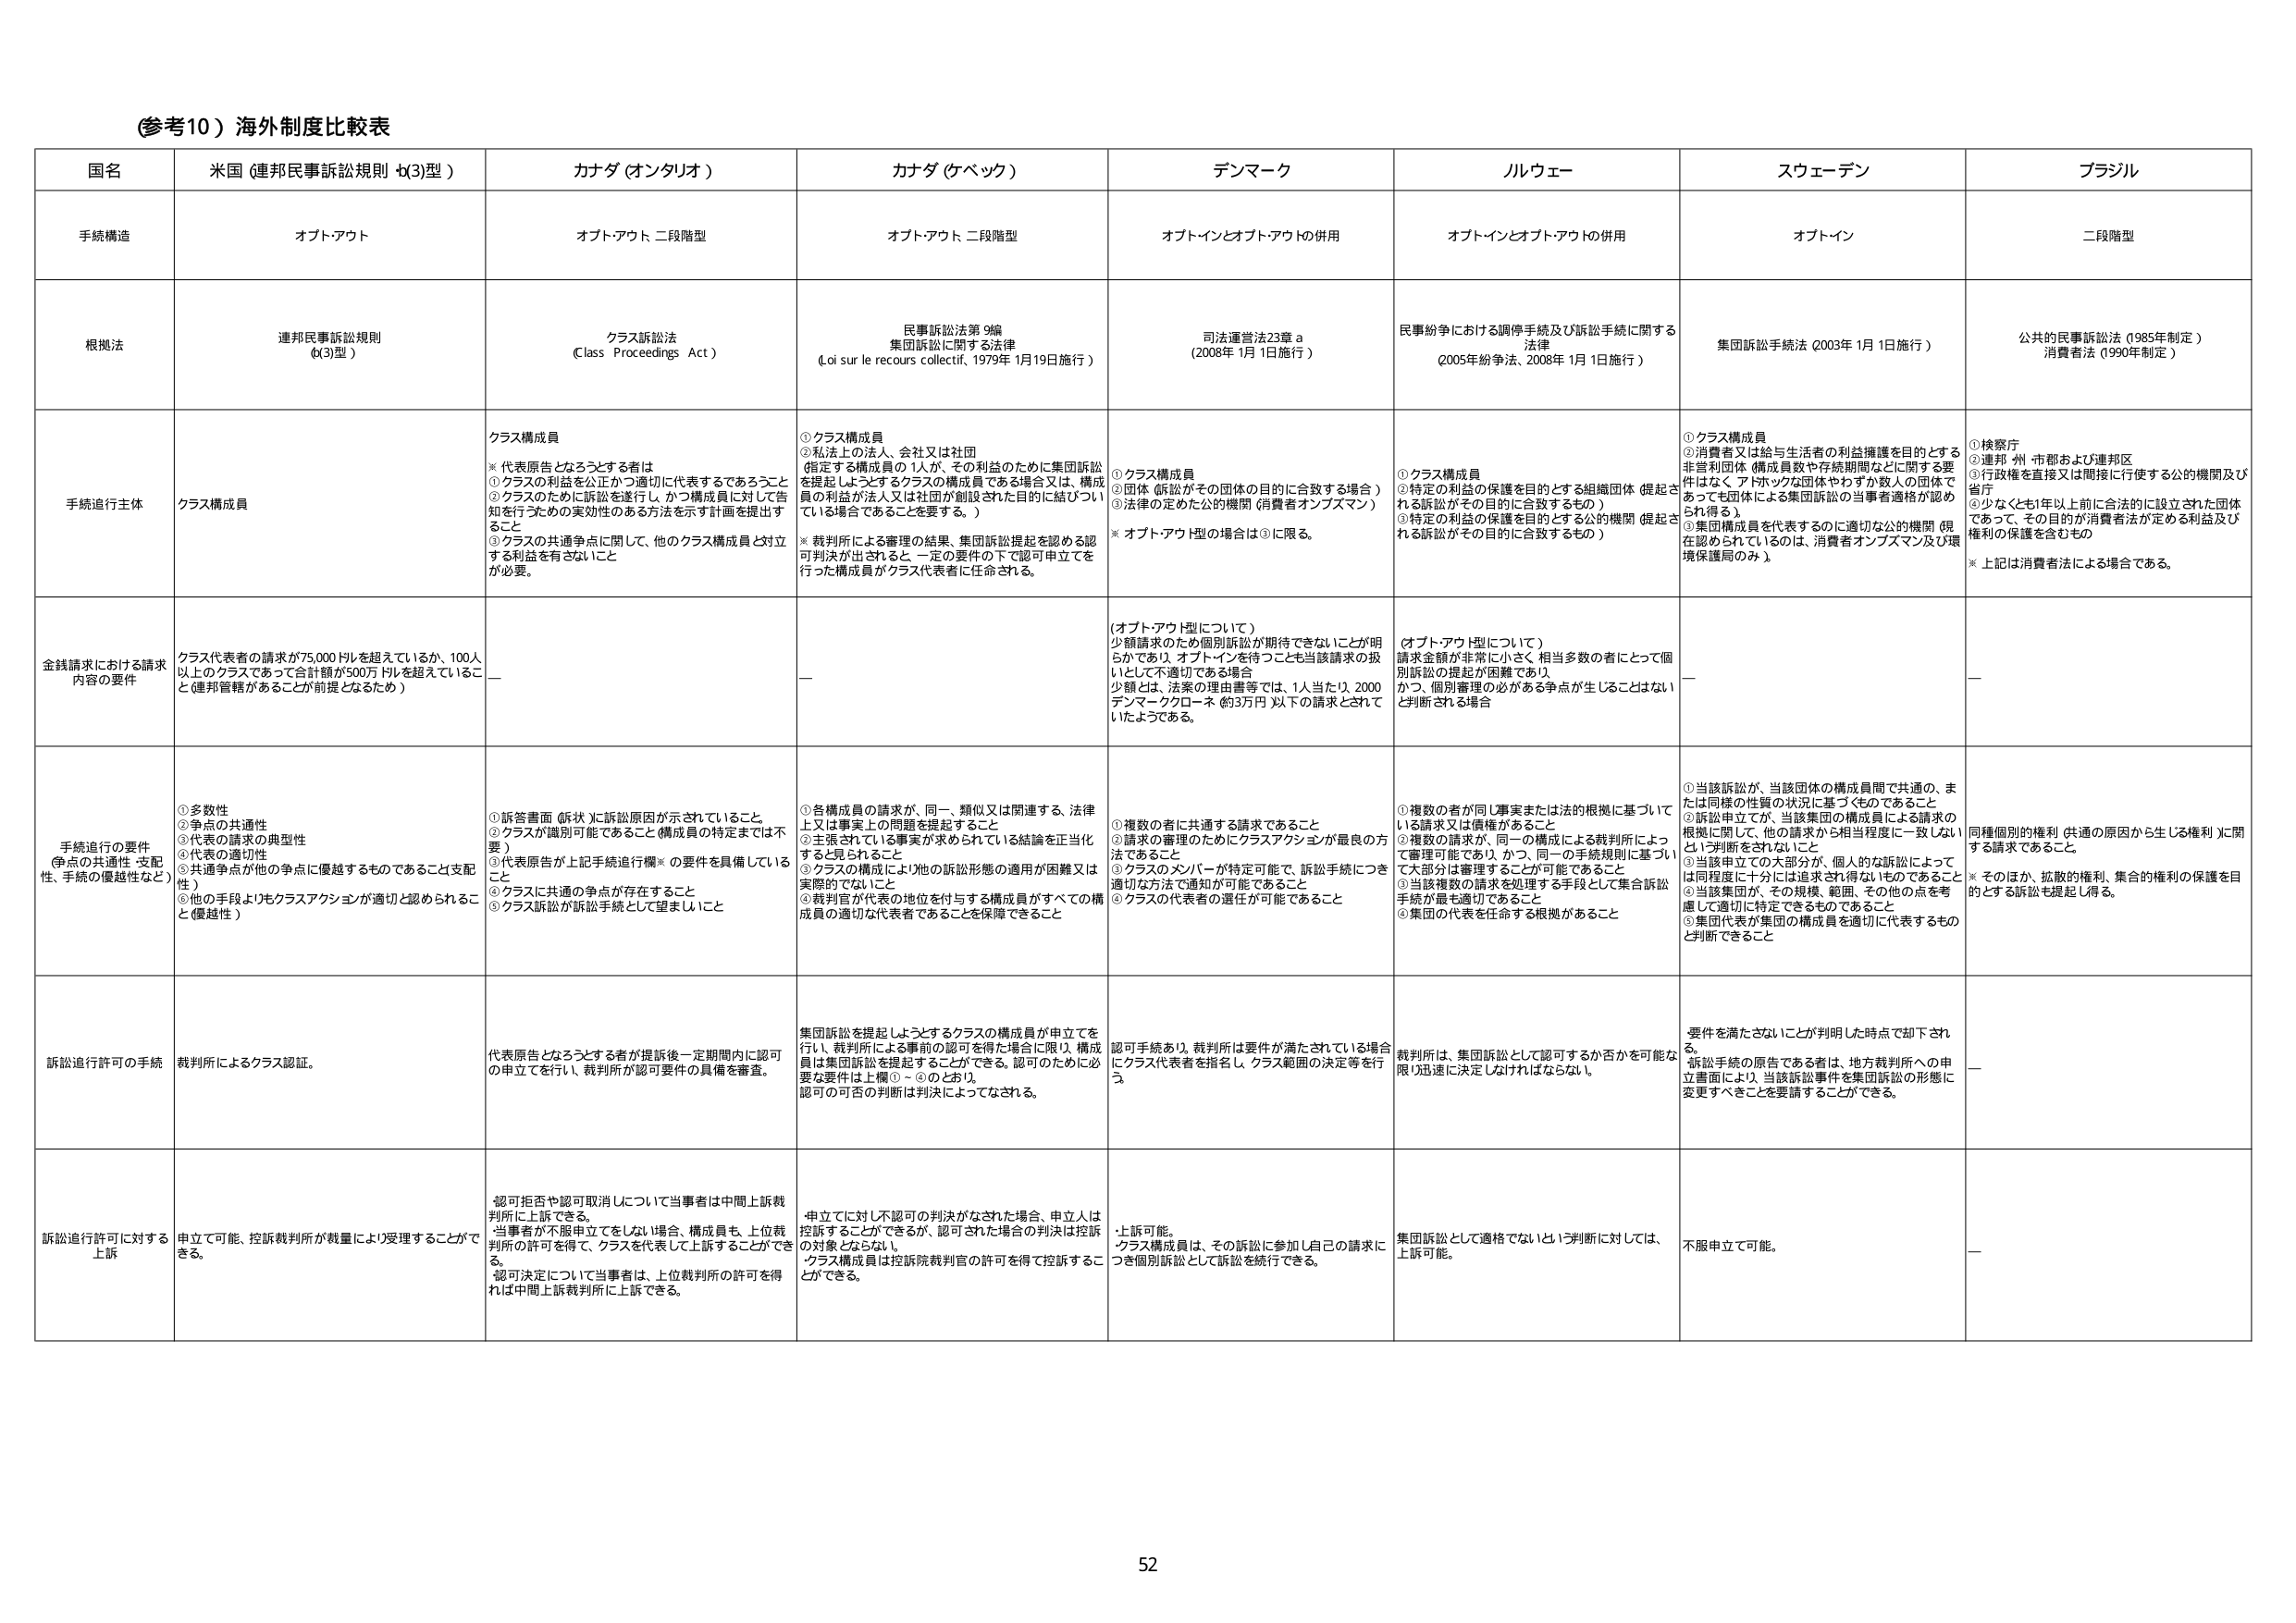
(参考10) 海外制度比較表

国名 米国（連邦民事訴訟規則 4(3)型） カナダ（オンタリオ） カナダ（ケベック） デンマーク ノルウェー スウェーデン ブラジル

手続構造 オプトアウト オプトアウト、二段階型 オプトアウト、二段階型 オプトインとオプトアウトの併用 オプトインとオプトアウトの併用 オプトイン 二段階型

根拠法 連邦民事訴訟規則 4(3)型） クラス訴訟法 （Class Proceedings Act） 民事訴訟法第 9編 集団訴訟に関する法律 （Loi sur le recours collectif、1979年 1月19日施行） 司法運営法23章 a （2008年 1月 1日施行） 民事紛争における調停手続及び訴訟手続に関する法律 （2005年紛争法、2008年 1月 1日施行） 集団訴訟手続法（2003年 1月 1日施行） 公共的民事訴訟法（1985年制定） 消費者法（1990年制定）

手続進行主体 クラス構成員 クラス構成員 ※代表原告となるうとする者は ①クラスの利益を公正かつ適切に代表するであろうこと ②クラスのために訴訟を遂行し、かつ構成員に対して告知を行うための実効性のある方法を示す計画を提出すること ③クラスの共通争点に関して、他のクラス構成員と対立する利益を有さないこと が必要。 ①クラス構成員 ②私法上の法人、会社又は社団 （指定する構成員の 1人が、その利益のために集団訴訟を提起しようとするクラスの構成員である場合又は、構成員の利益が法人又は社団が創設された目的に結びついている場合であることを要する。） ※裁判所による審理の結果、集団訴訟提起を認める認可判決が出されると、一定の要件の下で認可申立てを行った構成員がクラス代表者に任命される。 ①クラス構成員 ②団体（訴訟がその団体の目的に合致する場合） ③法律の定めた公的機関（消費者オンブズマン） ※オプトアウト型の場合は③に限る。 ①クラス構成員 ②特定の利益の保護を目的とする組織団体（提起される訴訟がその目的に合致するもの） ③特定の利益の保護を目的とする公的機関（提起される訴訟がその目的に合致するもの） ①クラス構成員 ②消費者又は給与生活者の利益擁護を目的とする非営利団体（構成員数や存続期間などに関する要件はなく、アドホックな団体やわずか数人の団体であっても団体による集団訴訟の当事者適格が認められる）。 ③集団構成員を代表するのに適切な公的機関（現在認められているのは、消費者オンブズマン及び環境保護局のみ）。 ①検察庁 ②連邦・州・市郡および連邦区 ③行政権を直接又は間接に行使する公的機関及び首府 ④少なくとも1年以上前に合法的に設立された団体であって、その目的が消費者法が定める利益及び権利の保護を含むもの ※上記は消費者法による場合である。

金銭請求における請求内容の要件 クラス代表者の請求が75,000ドルを超えているか、100人以上のクラスであって合計額が500万ドルを超えていることと連邦管轄があることが前提となるため） — — （オプトアウト型について） 少額請求のため個別訴訟が期待できないことが明らかであり、オプトインを持つことも当該請求の扱いとして不適切である場合 少額とは、法案の理由書等では、1人当たり、2000デンマーククローネ（約3万円）以下の請求とされていたようである。 （オプトアウト型について） 請求金額が非常に小さく、相当多数の者にとって個別訴訟の提起が困難であり、 かつ、個別審理の必要がある争点が生じることはないと判断される場合 — —

手続進行の要件（争点の共通性・支配性、手続の優越性など） ①多数性 ②争点の共通性 ③代表の請求の典型性 ④代表の適切性 ⑤共通争点が他の争点に優越するものであること（支配性） ⑥他の手段よりもクラスアクションが適切と認められること（優越性） ①訴答書面（訴状）に訴訟原因が示されていること ②代表が識別可能であること（構成員の特定までは不要） ③代表原告が上記手続進行欄※の要件を具備していること ④クラスに共通の争点が存在すること ⑤クラス訴訟が訴訟手続として望ましいこと ①各構成員の請求が、同一、類似又は関連する、法律上又は事実上の問題を提起すること ②主張されている事実が求められている結論を正当化すると見られること ③クラスの構成により他の訴訟形態の適用が困難又は実際的でないこと ④裁判官が代表の地位を付与する構成員がすべての構成員の適切な代表者であることを保障できること ①複数の者に共通する請求であること ②請求の審理のためにクラスアクションが最良の方法であること ③クラスのメンバーが特定可能で、訴訟手続につき適切な方法で通知が可能であること ④クラスの代表者の選任が可能であること ①複数の者が同じ事実または法的根拠に基づいている請求又は債権があること ②複数の請求が、同一の構成による裁判所によって審理可能であり、かつ、同一の手続規則に基づいて大部分は審理することが可能であること ③当該複数の請求を処理する手段として集合訴訟手続が最も適切であること ④集団の代表を任命する根拠があること ①当該訴訟が、当該団体の構成員間で共通の、または同様の性質の状況に基づくものであること ②訴訟申立てが、当該集団の構成員による請求の根拠に関して、他の請求から相当程度に一致しないという判断をされないこと ③当該申立ての大部分が、個人的な訴訟によっては同程度に十分には追求され得ないものであること ④当該集団が、その規模、範囲、その他の点を考慮して適切に特定できるものであること ⑤集団代表が集団の構成員を適切に代表するものと判断できること 同種個別の権利（共通の原因から生じる権利）に関する請求であること ※そのほか、拡散的権利、集合的権利の保護を目的とする訴訟も提起し得る。

訴訟進行許可の手続 裁判所によるクラス認証。 代表原告となるうとする者が提訴後一定期間内に認可の申立てを行い、裁判所が認可要件の具備を審査。 集団訴訟を提起しようとするクラスの構成員が申立てを行い、裁判所による事前の認可を得た場合に限り、構成員は集団訴訟を提起することができる。認可のために必要な要件は上欄①～④のとおり。認可の可否の判断は判決によってなされる。 認可手続あり。裁判所は要件が満たされている場合にクラス代表者を指名し、クラス範囲の決定等を行う。 裁判所は、集団訴訟として認可するか否かを可能な限り迅速に決定しなければならない。 要件を満たさないことが判明した時点で却下される。 訴訟手続の原告である者は、地方裁判所への申立書面により、当該訴訟事件を集団訴訟の形態に変更すべきことを要請することができる。 —

訴訟進行許可に対する上訴 申立て可能、控訴裁判所が裁量により受理することができる。 認可拒否や認可取消しについて当事者は中間上訴裁判所に上訴できる。 当事者が不服申立てをしない場合、構成員も、上位裁判所の許可を得て、クラスを代表して上訴することができる。 認可決定について当事者は、上位裁判所の許可を得れば中間上訴裁判所に上訴できる。 申立てに対して認可の判決がなされた場合、申立人は控訴することができるが、認可された場合の判決は控訴の対象とならない。 クラス構成員は控訴院裁判官の許可を得て控訴することができる。 上訴可能。 クラス構成員は、その訴訟に参加し自己の請求につき個別訴訟として訴訟を続行できる。 集団訴訟として適格でないという判断に対しては、上訴可能。 不服申立て可能。 —

52